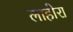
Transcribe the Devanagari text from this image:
लाहोरा